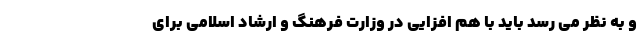
و به نظر می رسد باید با هم افزایی در وزارت فرهنگ و ارشاد اسلامی برای